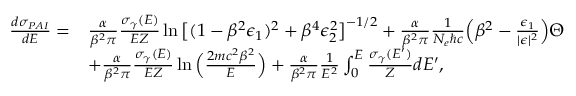
\begin{array} { r l } { \frac { d \sigma _ { P A I } } { d E } = } & { \frac { \alpha } { \beta ^ { 2 } \pi } \frac { \sigma _ { \gamma } ( E ) } { E Z } \ln \big [ ( 1 - \beta ^ { 2 } \epsilon _ { 1 } ) ^ { 2 } + \beta ^ { 4 } \epsilon _ { 2 } ^ { 2 } \big ] ^ { - 1 / 2 } + \frac { \alpha } { \beta ^ { 2 } \pi } \frac { 1 } { N _ { e } \hbar c } \Big ( \beta ^ { 2 } - \frac { \epsilon _ { 1 } } { | \epsilon | ^ { 2 } } \Big ) \Theta } \\ & { + \frac { \alpha } { \beta ^ { 2 } \pi } \frac { \sigma _ { \gamma } ( E ) } { E Z } \ln \Big ( \frac { 2 m c ^ { 2 } \beta ^ { 2 } } { E } \Big ) + \frac { \alpha } { \beta ^ { 2 } \pi } \frac { 1 } { E ^ { 2 } } \int _ { 0 } ^ { E } \frac { \sigma _ { \gamma } ( E ^ { \prime } ) } { Z } d E ^ { \prime } , } \end{array}